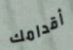
أقدامك